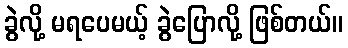
ခွဲလို့ မရပေမယ့် ခွဲပြောလို့ ဖြစ်တယ်။